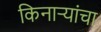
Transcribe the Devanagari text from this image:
किनाऱ्यांचा